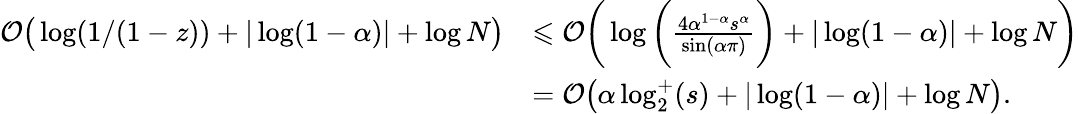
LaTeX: \begin{array}{rl}{\mathcal{O}\big(\log(1/(1-z))+|\log(1-\alpha)|+\log N\big)}&{\leqslant\mathcal{O}\bigg(\log\bigg(\frac{4\alpha^{1-\alpha}s^{\alpha}}{\sin(\alpha\pi)}\bigg)+|\log(1-\alpha)|+\log N\bigg)}\\ &{=\mathcal{O}\big(\alpha\log_{2}^{+}(s)+|\log(1-\alpha)|+\log N\big).}\end{array}